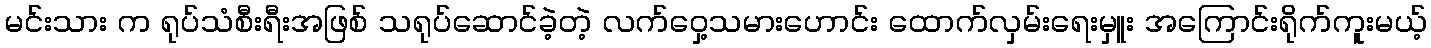
မင်းသား က ရုပ်သံစီးရီးအဖြစ် သရုပ်ဆောင်ခဲ့တဲ့ လက်ဝှေ့သမားဟောင်း ထောက်လှမ်းရေးမှူး အကြောင်းရိုက်ကူးမယ့်